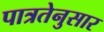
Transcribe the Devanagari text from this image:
पात्रतेनुसार